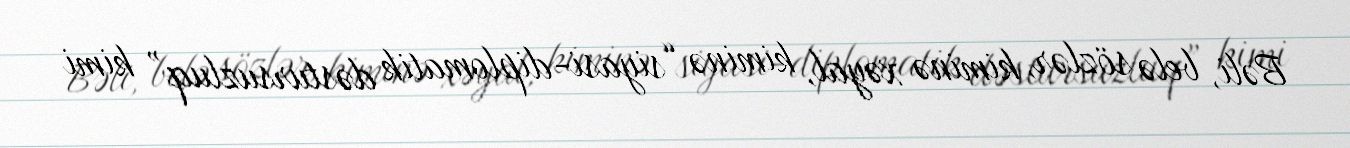
Bəli, belə sözlər, kiminə xəyal, kiminə “siyasi-diplomatik dəstursuzluq” kimi